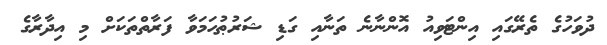
ދުވަހުގެ ތެރޭގައި އިންޓަވިއު އޮންނާނެ ތަނާއި ގަޑި ޝަރުޠުހަމަވާ ފަރާތްތަކަށް މި އިދާރާގެ